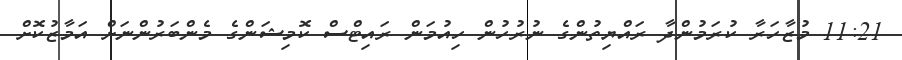
11:21 މުޒާހަރާ ކުރަމުންދާ ރައްޔިތުންގެ ނުރުހުން ހިއުމަން ރައިޓްސް ކޮމިޝަންގެ މެންބަރުންނަށް އަމާޒުކޮށް